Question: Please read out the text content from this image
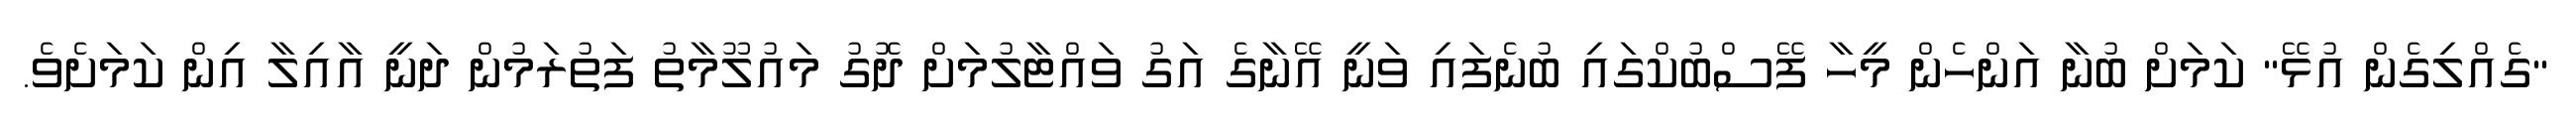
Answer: "ގެއްލިގެން އުޅޭ" ކަމަށް ބުނާ އަންހެން މީހާ ފޭސްބުކްގައި ބުނެފައި ވަނީ އޭނާގެ އަގު ވައްޓާލުމަށް ދޮގު މައުލޫމާތު ފަތުރަމުން ދަނީ އާއިލާ އިން ކަމަށެވެ.